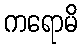
ကရောမိ